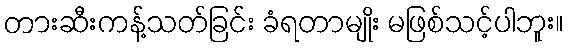
တားဆီးကန့်သတ်ခြင်း ခံရတာမျိုး မဖြစ်သင့်ပါဘူး။